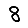
Digit: 8